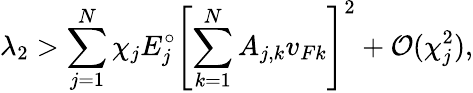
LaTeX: \lambda_{2}>\sum_{j=1}^{N}\chi_{j}E_{j}^{\circ}\left[\sum_{k=1}^{N}A_{j,k}v_{Fk}\right]^{2}+\mathcal{O}(\chi_{j}^{2}),